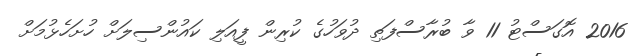
2016 އޮގަސްޓު 11 ވާ ބުރާސްފަތި ދުވަހުގެ ކުރިން ފީއަލި ކައުންސިލަށް ހުށަހެޅުމަށް